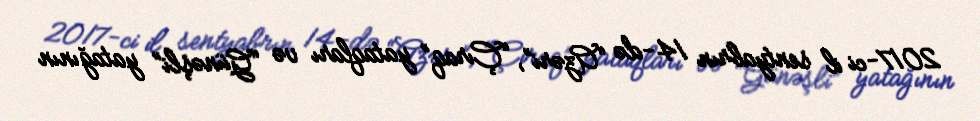
2017-ci il sentyabrın 14-də “Azəri”, “Çıraq” yataqları və “Günəşli” yatağının